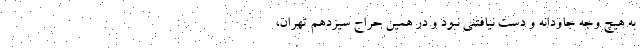
به هیچ وجه جاودانه و دست نیافتنی نبود و در همین حراج سیزدهم تهران،